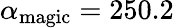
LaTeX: \alpha_{\mathrm{magic}}=250.2